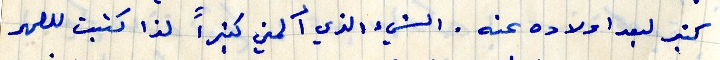
لبعد اولاده عنه. الشيئ الذي ألمني كثيرا لذا كتبت للصهر